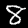
Label: 8